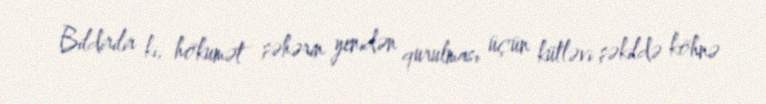
Bildirilir ki, hökumət şəhərin yenidən qurulması üçün kütləvi şəkildə köhnə